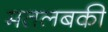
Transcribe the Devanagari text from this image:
मतलबकी